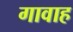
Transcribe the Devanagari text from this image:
गावाह